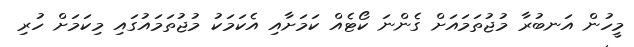
މީހުން އަނބުރާ މުޖުތަމައަށް ގެންނަ ކޯޓެއް ކަމަށާއި އެކަމަކު މުޖުތަމައުގައި މިކަމަށް ހުރި